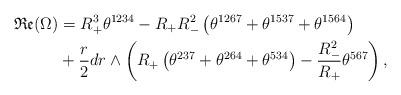
LaTeX: \begin{align*}\mathfrak{Re}(\Omega) &=R_{+}^{3}\theta^{1234}-R_{+}R_{-}^{2}\left(\theta^{1267}+\theta^{1537}+\theta^{1564}\right)\\&+\frac{r}{2}dr\wedge\left(R_{+}\left(\theta^{237}+\theta^{264}+\theta^{534}\right)-\frac{R_{-}^{2}}{R_{+}}\theta^{567}\right),\end{align*}